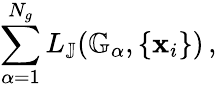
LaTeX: \sum_{\alpha=1}^{N_{g}}L_{\mathbb{J}}(\mathbb{G}_{\alpha},\{ \mathbf{x}_{i}\} )\, ,